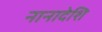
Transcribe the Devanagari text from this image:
नानादेशि